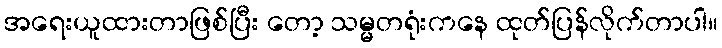
အရေးယူထားတာဖြစ်ပြီး တော့ သမ္မတရုံးကနေ ထုတ်ပြန်လိုက်တာပါ။